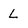
Character: l